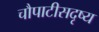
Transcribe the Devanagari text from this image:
चौपाटीसदृष्य